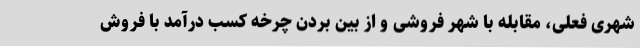
شهری فعلی، مقابله با شهر فروشی و از بین بردن چرخه کسب درآمد با فروش